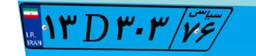
۱۳D۳۰۳۷۶